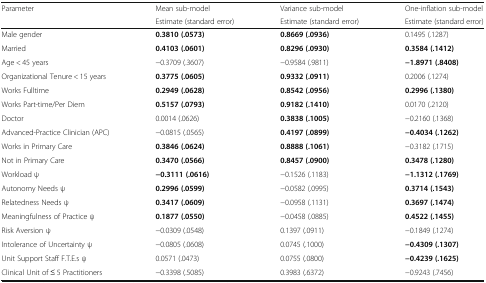
<table><thead><tr><td rowspan="2"><b>Parameter</b></td><td><b>Mean sub-model</b></td><td><b>Variance sub-model</b></td><td><b>One-inflation sub-model</b></td></tr><tr><td><b>Estimate (standard error)</b></td><td><b>Estimate (standard error)</b></td><td><b>Estimate (standard error)</b></td></tr></thead><tbody><tr><td>Male gender</td><td><b>0.3810 (.0573)</b></td><td><b>0.8669 (.0936)</b></td><td>0.1495 (.1287)</td></tr><tr><td>Married</td><td><b>0.4103 (.0601)</b></td><td><b>0.8296 (.0930)</b></td><td><b>0.3584 (.1412)</b></td></tr><tr><td>Age &lt; 45 years</td><td>−0.3709 (.3607)</td><td>−0.9584 (.9811)</td><td><b>−1.8971 (.8408)</b></td></tr><tr><td>Organizational Tenure &lt; 15 years</td><td><b>0.3775 (.0605)</b></td><td><b>0.9332 (.0911)</b></td><td>0.2006 (.1274)</td></tr><tr><td>Works Fulltime</td><td><b>0.2949 (.0628)</b></td><td><b>0.8542 (.0956)</b></td><td><b>0.2996 (.1380)</b></td></tr><tr><td>Works Part-time/Per Diem</td><td><b>0.5157 (.0793)</b></td><td><b>0.9182 (.1410)</b></td><td>0.0170 (.2120)</td></tr><tr><td>Doctor</td><td>0.0014 (.0626)</td><td><b>0.3838 (.1005)</b></td><td>−0.2160 (.1368)</td></tr><tr><td>Advanced-Practice Clinician (APC)</td><td>−0.0815 (.0565)</td><td><b>0.4197 (.0899)</b></td><td><b>−0.4034 (.1262)</b></td></tr><tr><td>Works in Primary Care</td><td><b>0.3846 (.0624)</b></td><td><b>0.8888 (.1061)</b></td><td>−0.3182 (.1715)</td></tr><tr><td>Not in Primary Care</td><td><b>0.3470 (.0566)</b></td><td><b>0.8457 (.0900)</b></td><td><b>0.3478 (.1280)</b></td></tr><tr><td>Workload ψ</td><td><b>−0.3111 (.0616)</b></td><td>−0.1526 (.1183)</td><td><b>−1.1312 (.1769)</b></td></tr><tr><td>Autonomy Needs ψ</td><td><b>0.2996 (.0599)</b></td><td>−0.0582 (.0995)</td><td><b>0.3714 (.1543)</b></td></tr><tr><td>Relatedness Needs ψ</td><td><b>0.3417 (.0609)</b></td><td>−0.0958 (.1131)</td><td><b>0.3697 (.1474)</b></td></tr><tr><td>Meaningfulness of Practice ψ</td><td><b>0.1877 (.0550)</b></td><td>−0.0458 (.0885)</td><td><b>0.4522 (.1455)</b></td></tr><tr><td>Risk Aversion ψ</td><td>−0.0309 (.0548)</td><td>0.1397 (.0911)</td><td>−0.1849 (.1274)</td></tr><tr><td>Intolerance of Uncertainty ψ</td><td>−0.0805 (.0608)</td><td>0.0745 (.1000)</td><td><b>−0.4309 (.1307)</b></td></tr><tr><td>Unit Support Staff F.T.E.s ψ</td><td>0.0571 (.0473)</td><td>0.0755 (.0800)</td><td><b>−0.4239 (.1625)</b></td></tr><tr><td>Clinical Unit of ≤ 5 Practitioners</td><td>−0.3398 (.5085)</td><td>0.3983 (.6372)</td><td>−0.9243 (.7456)</td></tr></tbody></table>